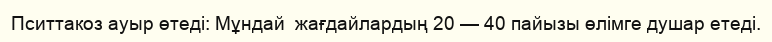
Пситтакоз ауыр өтеді: Мұндай  жағдайлардың 20 — 40 пайызы өлімге душар етеді.